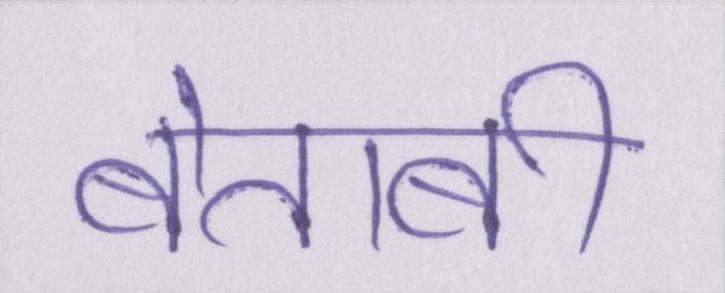
बेताबी